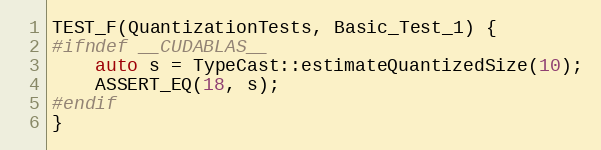
Language: C++
TEST_F(QuantizationTests, Basic_Test_1) {
#ifndef __CUDABLAS__
    auto s = TypeCast::estimateQuantizedSize(10);
    ASSERT_EQ(18, s);
#endif
}